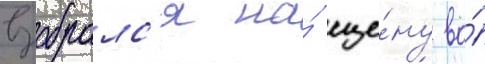
взобралс'я на́ сце́ну во́